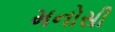
મનોસી